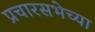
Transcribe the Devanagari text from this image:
प्रचारसभेच्या